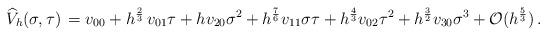
LaTeX: \begin{align*}\widehat V_h (\sigma,\tau) \, = v_{00} + h^\frac 23 \, v_{01} \tau + h v_{20} \sigma^2+ h^\frac 7 6 v_{11} \sigma \tau+ h^{\frac 43} v_{02} \tau^2 + h^{\frac 32}v_{30} \sigma^3+ \mathcal O (h^\frac 53)\,.\end{align*}